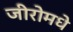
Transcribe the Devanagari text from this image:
जीरोमधे